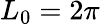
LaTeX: L_{0}=2\pi